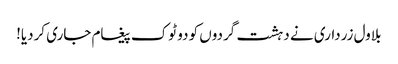
بلاول زرداری نے دہشت گردوں کو دو ٹوک پیغام جاری کردیا!